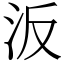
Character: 汳